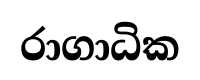
රාගාධික